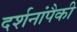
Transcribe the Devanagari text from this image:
दर्शनांपैकी